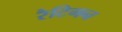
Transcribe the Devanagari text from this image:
रैटिगन